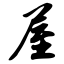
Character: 屋